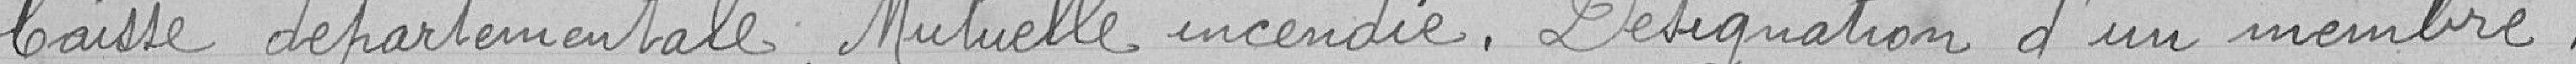
Caisse départementale . Mutuelle incendie . Désignation d'un membre .